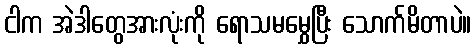
ငါက အဲဒါတွေအားလုံးကို ရောသမမွှေပြီး သောက်မိတာပဲ။